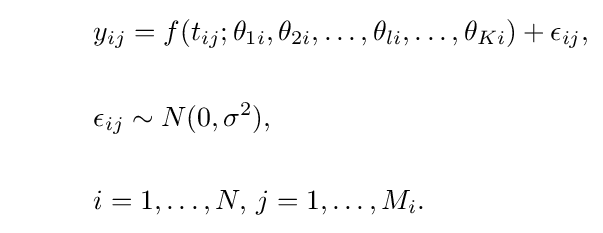
{\begin{aligned}&{y}_{ij}=f(t_{ij};\theta _{1i},\theta _{2i},\ldots ,\theta _{li},\ldots ,\theta _{Ki})+\epsilon _{ij},\\{\phantom {spacer}}\\&\epsilon _{ij}\sim N(0,\sigma ^{2}),\\{\phantom {spacer}}\\&i=1,\ldots ,N,\,j=1,\ldots ,M_{i}.\end{aligned}}